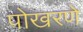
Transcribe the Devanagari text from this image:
पोखरणे